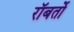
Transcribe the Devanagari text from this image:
रॉबर्तो